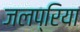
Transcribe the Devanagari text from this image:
जलप्रिया